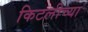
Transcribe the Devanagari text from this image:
किटलीच्या